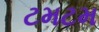
ટમટમ